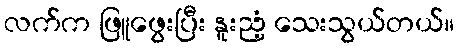
လက်က ဖြူဖွေးပြီး နူးညံ့ သေးသွယ်တယ်။